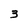
Character: 3